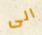
الى